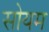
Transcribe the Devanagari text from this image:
सोयम